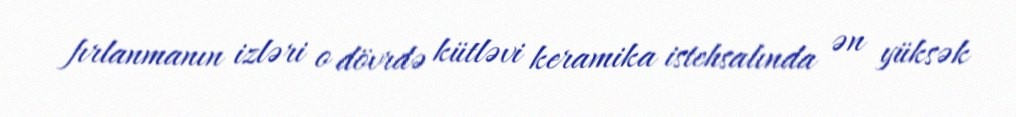
fırlanmanın izləri o dövrdə kütləvi keramika istehsalında ən yüksək